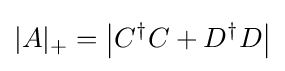
|A|_{+}=\left|C^{\dagger }C+D^{\dagger }D\right|